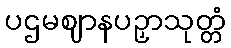
ပဌမဈာနပဉှာသုတ္တံ